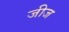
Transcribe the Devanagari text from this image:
जीज